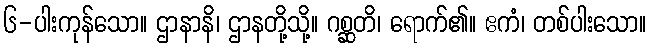
၆-ပါးကုန်သော။ ဌာနာနိ၊ ဌာနတို့သို့။ ဂစ္ဆတိ၊ ရောက်၏။ ဧကံ၊ တစ်ပါးသော။